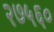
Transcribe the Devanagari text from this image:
२७५६०